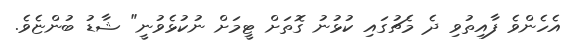
އެހެންވެ ފާއިތުވި ދެ މެޗުގައި ކުޅުނު ގޮތަށް ޓީމަށް ނުކުޅެވުނީ" ޝާޑު ބުންޏެވެ.